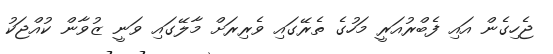
ޖެހިގެން އައި ފެބްރުއަރީ މަހުގެ ތެރޭގައި ވެރިރަށް މާލޭގައި ވަނީ ޒުވާން ކުއްޖަކު